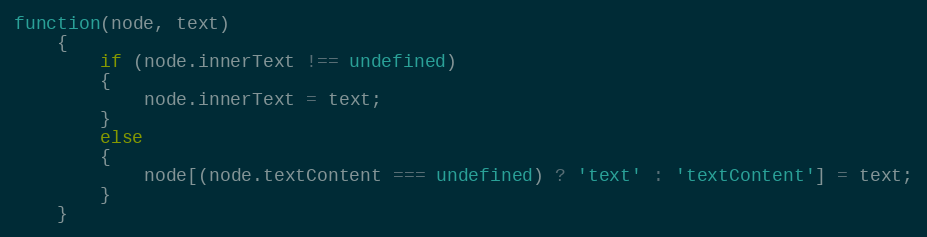
Language: JavaScript
function(node, text)
	{
		if (node.innerText !== undefined)
		{
			node.innerText = text;
		}
		else
		{
			node[(node.textContent === undefined) ? 'text' : 'textContent'] = text;
		}
	}